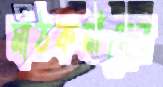
মাঠকর্মীদের